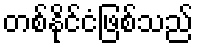
တစ်နိုင်ငံဖြစ်သည်